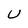
Character: U